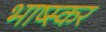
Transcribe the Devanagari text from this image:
भाष्स्कर